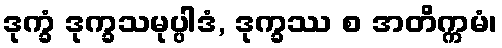
ဒုက္ခံ ဒုက္ခသမုပ္ပါဒံ, ဒုက္ခဿ စ အတိက္ကမံ၊